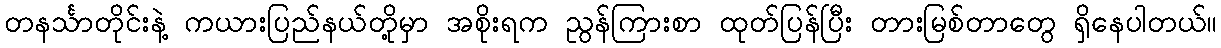
တနင်္သာတိုင်းနဲ့ ကယားပြည်နယ်တို့မှာ အစိုးရက ညွန်ကြားစာ ထုတ်ပြန်ပြီး တားမြစ်တာတွေ ရှိနေပါတယ်။